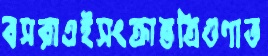
বসরাএইসংক্রান্তত্রিগুণাত